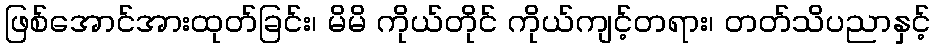
ဖြစ်အောင်အားထုတ်ခြင်း၊ မိမိ ကိုယ်တိုင် ကိုယ်ကျင့်တရား၊ တတ်သိပညာနှင့်